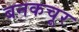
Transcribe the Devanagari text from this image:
बनकचूर